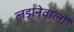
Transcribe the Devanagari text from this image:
लड़ानेवालों